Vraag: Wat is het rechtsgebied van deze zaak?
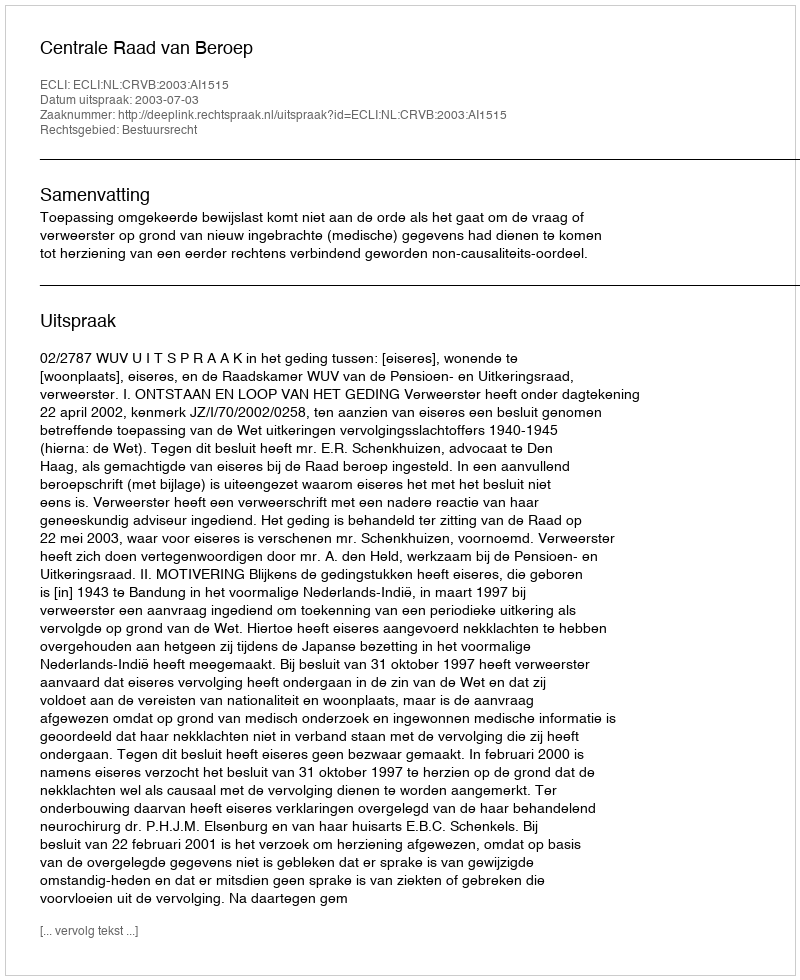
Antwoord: Bestuursrecht